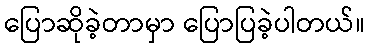
ပြောဆိုခဲ့တာမှာ ပြောပြခဲ့ပါတယ်။